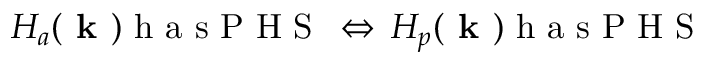
H _ { a } ( \textbf { k } ) \mathrm { ~ h ~ a ~ s ~ P ~ H ~ S ~ } \, \Leftrightarrow \, H _ { p } ( \textbf { k } ) \mathrm { ~ h ~ a ~ s ~ P ~ H ~ S ~ }